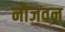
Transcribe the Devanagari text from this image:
नौजवन